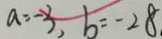
a = - 3 , b = - 2 8